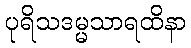
ပုရိသဒမ္မသာရထိနာ